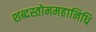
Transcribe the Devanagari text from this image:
शब्दस्तोममहानिधि